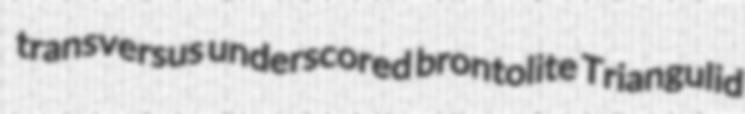
transversus underscored brontolite Triangulid